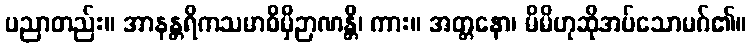
ပညာတည်း။ အာနန္တရိကသမာဓိမှိဉာဏန္တိ၊ ကား။ အတ္တနော၊ မိမိဟုဆိုအပ်သောမဂ်၏။